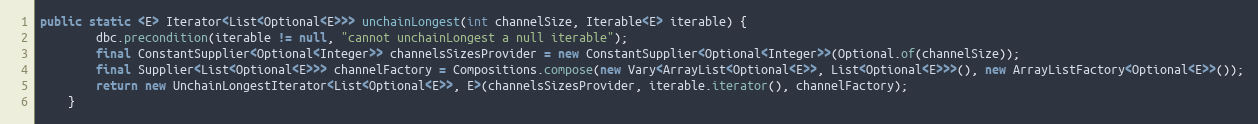
Language: Java
public static <E> Iterator<List<Optional<E>>> unchainLongest(int channelSize, Iterable<E> iterable) {
        dbc.precondition(iterable != null, "cannot unchainLongest a null iterable");
        final ConstantSupplier<Optional<Integer>> channelsSizesProvider = new ConstantSupplier<Optional<Integer>>(Optional.of(channelSize));
        final Supplier<List<Optional<E>>> channelFactory = Compositions.compose(new Vary<ArrayList<Optional<E>>, List<Optional<E>>>(), new ArrayListFactory<Optional<E>>());
        return new UnchainLongestIterator<List<Optional<E>>, E>(channelsSizesProvider, iterable.iterator(), channelFactory);
    }